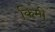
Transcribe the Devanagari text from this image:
कि़मी़